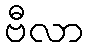
ဗီလာ